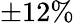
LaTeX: \pm 12\%